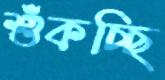
শুঁকচ্ছি